Civil Veterinary Department. Madras. Admin. report 1926-33 - 1926-1933
Year: 1926
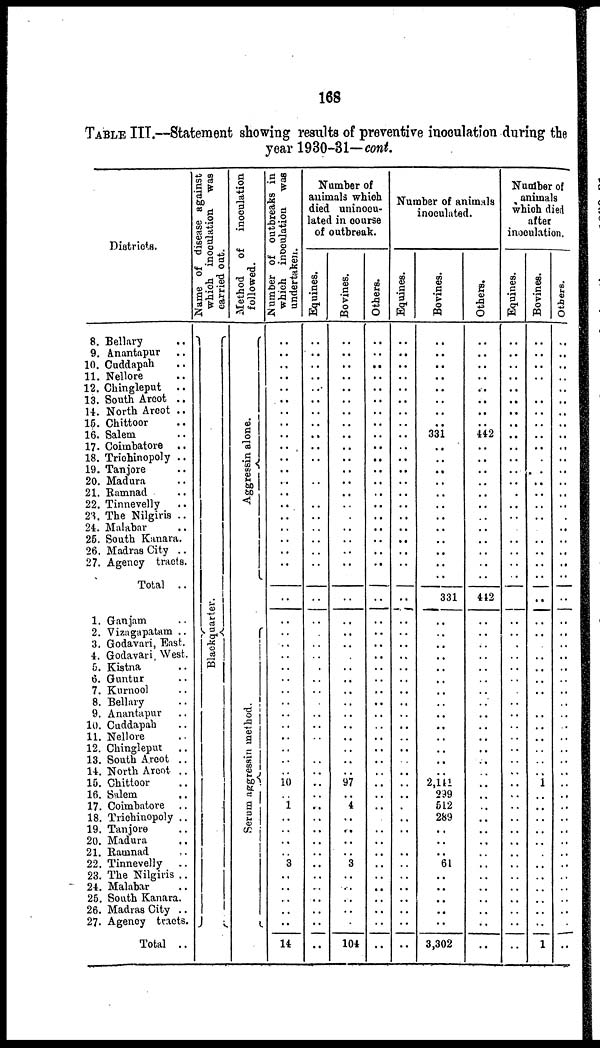
168
TABLE III.—Statement showing results of preventive inoculation during the
year 1930-31—cont.
Districts.
8. Bellary ..
9. Anantapur ..
10. Cuddapah ..
11. Nellore ..
12. Chingleput
..
13. South Arcot ..
14. North Arcot ..
15. Chittoor
16. Salem ..
17. Coimbatore ..
18. Trichinopoly ..
19. Tanjore ..
20. Madura
21. Ramnad ..
22. Tinnevelly ..
23. The Nilgiris ..
24. Malabar
25. South Kanara.
26. Madras City ..
27. Agency tracts.
Total ..
1. Ganjam ..
2. Vizagapatam ..
3. Godavari, East.
4. Godavari, West.
5. Kistna ..
6. Guntur ..
7. Kurnool ..
8. Bellary ..
9. Anantapur ..
10. Cuddapah ..
11. Nellore ..
12. Chingleput
..
13. South Arcot ..
14. North Arcot ..
15. Chittoor ..
16. Salem ..
17. Coimbatore ..
18. Trichinopoly ..
19. Tanjore ..
20. Madura ..
21. Ramnad ..
22. Tinnevelly ..
23. The Nilgiris ..
24. Malabar
25. South Kanara.
26. Madras City ..
27. Agency tracts.
Total ..
Name of disease against
which inoculation was
carried out.
Blackquarter.
Method
of
inoculation
followed.
Aggressin alone.
Serum aggressin method.
Number of outbreaks in
which inoculation
was
undertaken.
..
..
..
..
..
..
..
..
..
..
..
..
..
..
..
..
..
..
..
..
..
..
..
..
..
..
..
..
..
..
..
..
..
..
..
..
10
..
1
..
..
..
..
3
..
..
..
..
..
14
Number of
animals which
died uninocu-
lated in course
of outbreak.
Equines.
..
..
..
..
..
..
..
..
..
..
..
..
..
..
..
..
..
..
..
..
..
..
..
..
..
..
..
..
..
..
..
..
..
..
..
..
..
..
..
..
..
..
..
..
..
..
..
..
..
..
Bo vines.
..
..
..
..
..
..
..
..
..
..
..
..
..
..
..
..
..
..
..
..
..
..
..
..
..
..
..
..
..
..
..
..
..
..
..
..
97
..
4
..
..
..
..
3
..
..
..
..
..
104
Others.
..
..
..
..
..
..
..
..
..
..
..
..
..
..
..
..
..
..
..
..
..
..
..
..
..
..
..
..
..
..
..
..
..
..
..
..
..
..
..
..
..
..
..
..
..
..
..
..
..
..
Number of animals
inoculated.
Equines.
..
..
..
..
..
..
..
..
..
..
..
..
..
..
..
..
..
..
..
..
..
..
..
..
..
..
..
..
..
..
..
..
..
..
..
..
..
..
..
..
..
..
..
..
..
..
..
..
..
..
Bovines.
..
..
..
..
..
..
..
..
331
..
..
..
..
..
..
..
..
..
..
..
..
331
..
..
..
..
..
..
..
..
..
..
..
..
..
..
2,141
299
612
289
..
..
..
61
..
..
..
..
..
3,302
Others.
..
..
..
..
..
..
..
..
442
..
..
..
..
..
..
..
..
...
.
442
..
..
..
..
..
..
..
..
..
..
..
..
..
..
..
..
..
..
..
..
..
..
..
..
..
..
..
..
Number of
animals
which died
after
inoculation.
Equines.
..
..
..
..
..
..
..
..
..
..
..
..
..
..
..
..
..
..
..
..
..
..
..
..
..
..
..
..
..
..
..
..
..
..
..
..
..
..
..
..
..
..
..
..
..
..
..
..
..
..
Bovines.
..
..
..
..
..
..
..
..
..
..
..
..
..
..
..
..
..
..
..
..
..
..
..
..
..
..
..
..
..
..
..
..
..
..
..
..
1
..
..
..
..
..
..
..
..
..
..
..
..
1
Others.
..
..
..
..
..
..
..
..
..
..
..
..
..
..
..
..
..
..
..
..
..
..
..
..
..
..
..
..
..
..
..
..
..
..
..
..
..
..
..
..
..
..
..
..
..
..
..
..
..
..